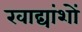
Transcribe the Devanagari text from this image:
खाद्यांशों